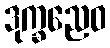
ဒုက္ခညေဝ